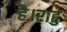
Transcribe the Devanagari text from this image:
है।राहु